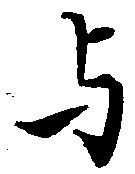
与